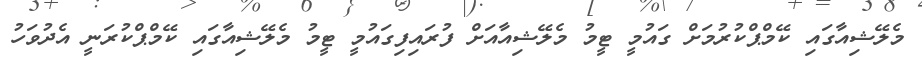
މެލޭޝިއާގައި ކޭމްޕްކުރުމަށް ގައުމީ ޓީމު މެލޭޝިއާއަށް ފުރައިފިގައުމީ ޓީމު މެލޭޝިއާގައި ކޭމްޕްކުރަނީ އެދުވަހު